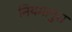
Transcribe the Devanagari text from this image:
नियमानुस